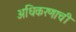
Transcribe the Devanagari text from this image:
अधिकरणाची